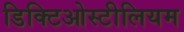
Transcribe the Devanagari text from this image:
डिक्टिओस्टीलियम